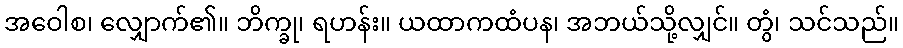
အဝေါစ၊ လျှောက်၏။ ဘိက္ခု၊ ရဟန်း။ ယထာကထံပန၊ အဘယ်သို့လျှင်။ တွံ၊ သင်သည်။